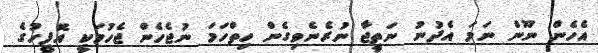
އެހެން ނޫން ނަމަ އެދުނު ނަތީޖާ ނުރެނެވިގެން ހިތްހަމަ ނުޖެހެން ޖެހުމަކީ އޮފީހުގެ